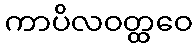
ကာပိလဝတ္ထဝေ